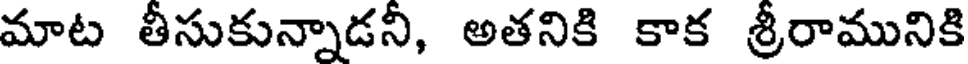
మాట తీసుకున్నాడని, అతనికి కాక శ్రీరామునికి